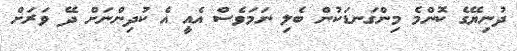
ދުނިޔޭގެ ކޮންމެ މިންގަނޑަކުން ބެލި ނަމަވެސް އެއީ އެ ކުދިންނަށް ދޭ ވަރަށް